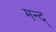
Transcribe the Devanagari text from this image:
मन्द्